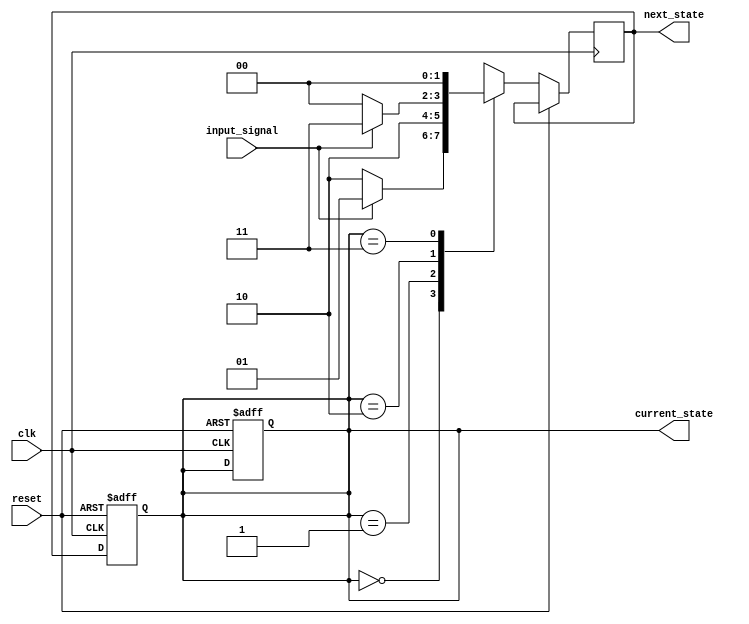
module FSM (
    input wire clk,
    input wire reset,
    input wire input_signal,
    output reg [1:0] current_state,
    output reg [1:0] next_state
);

// Define state variables
parameter STATE_A = 2'b00;
parameter STATE_B = 2'b01;
parameter STATE_C = 2'b10;
parameter STATE_D = 2'b11;

// Define state transition logic
always @(posedge clk or posedge reset) begin
    if (reset) begin
        current_state <= STATE_A;
    end else begin
        case (current_state)
            STATE_A: begin
                if (input_signal) begin
                    next_state <= STATE_B;
                end else begin
                    next_state <= STATE_C;
                end
            end
            STATE_B: begin
                next_state <= STATE_C;
            end
            STATE_C: begin
                if (input_signal) begin
                    next_state <= STATE_D;
                end else begin
                    next_state <= STATE_A;
                end
            end
            STATE_D: begin
                next_state <= STATE_A;
            end
        endcase
    end
end

// State register
always @(posedge clk or posedge reset) begin
    if (reset) begin
        current_state <= STATE_A;
    end else begin
        current_state <= next_state;
    end
end

endmodule